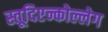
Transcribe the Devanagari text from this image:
स्तूदिएन्कोल्लेग